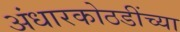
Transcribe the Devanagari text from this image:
अंधारकोठडींच्या